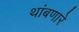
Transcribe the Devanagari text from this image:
थांबणारे